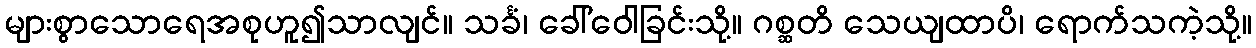
များစွာသောရေအစုဟူ၍သာလျင်။ သင်္ခံ၊ ခေါ်ဝေါခြင်းသို့။ ဂစ္ဆတိ သေယျထာပိ၊ ရောက်သကဲ့သို့။